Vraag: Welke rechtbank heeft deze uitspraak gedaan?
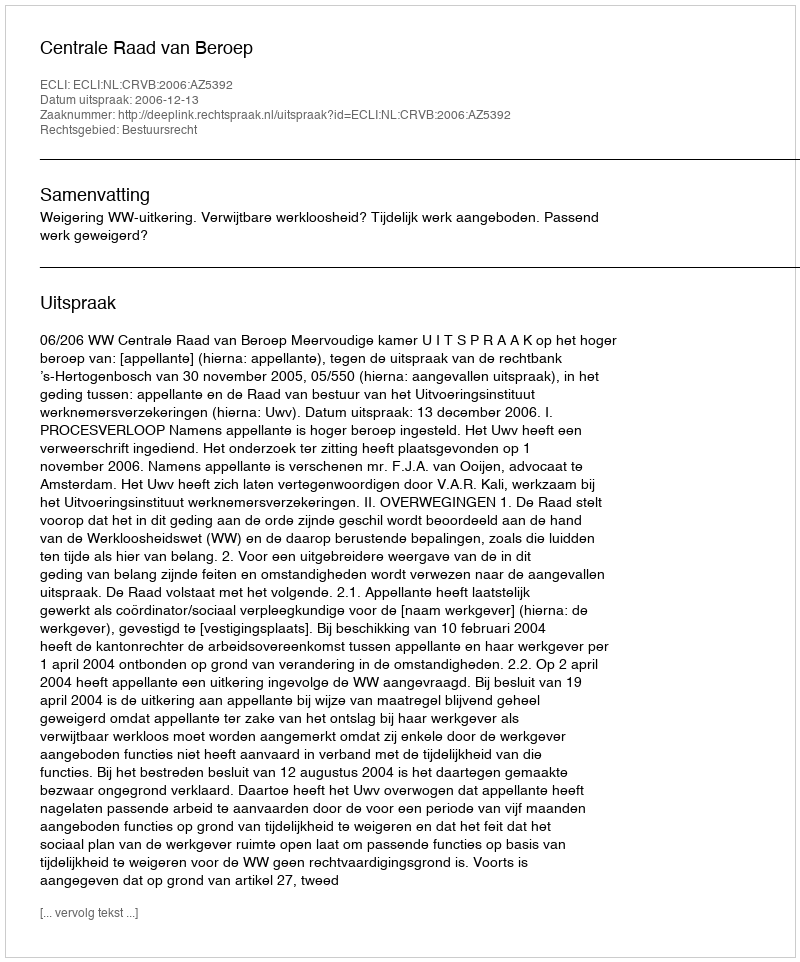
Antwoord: Centrale Raad van Beroep